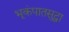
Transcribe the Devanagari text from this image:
भूकंपातसुद्धा